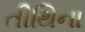
તીથિના